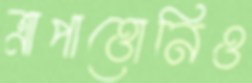
ত্রাপাত্তোনিও